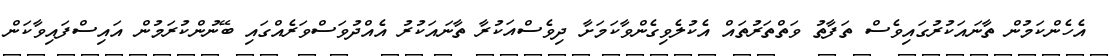
އެހެންކަމުން ތާނައަކުރުގައިވެސް ތަފާތު ވަތްތަރުތައް އެކުލެވިގެންވާކަމަށާ ދިވެސްއަކުރާ ތާނައަކުރު އެއްދުވަސްވަރެއްގައި ބޭނުންކުރަމުން އައިސްފައިވާކަން